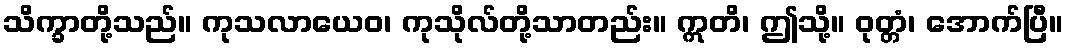
သိက္ခာတို့သည်။ ကုသလာယေဝ၊ ကုသိုလ်တို့သာတည်း။ ဣတိ၊ ဤသို့။ ဝုတ္တံ၊ အောက်ပြီ။